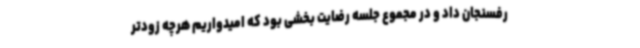
رفسنجان داد و در مجموع جلسه رضایت بخشی بود که امیدواریم هرچه زودتر